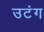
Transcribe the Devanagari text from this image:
उटंग